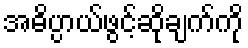
အဓိပ္ပာယ်ဖွင့်ဆိုချက်ကို